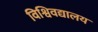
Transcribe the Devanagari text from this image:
विश्विवद्यालय